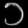
Digit: ၁